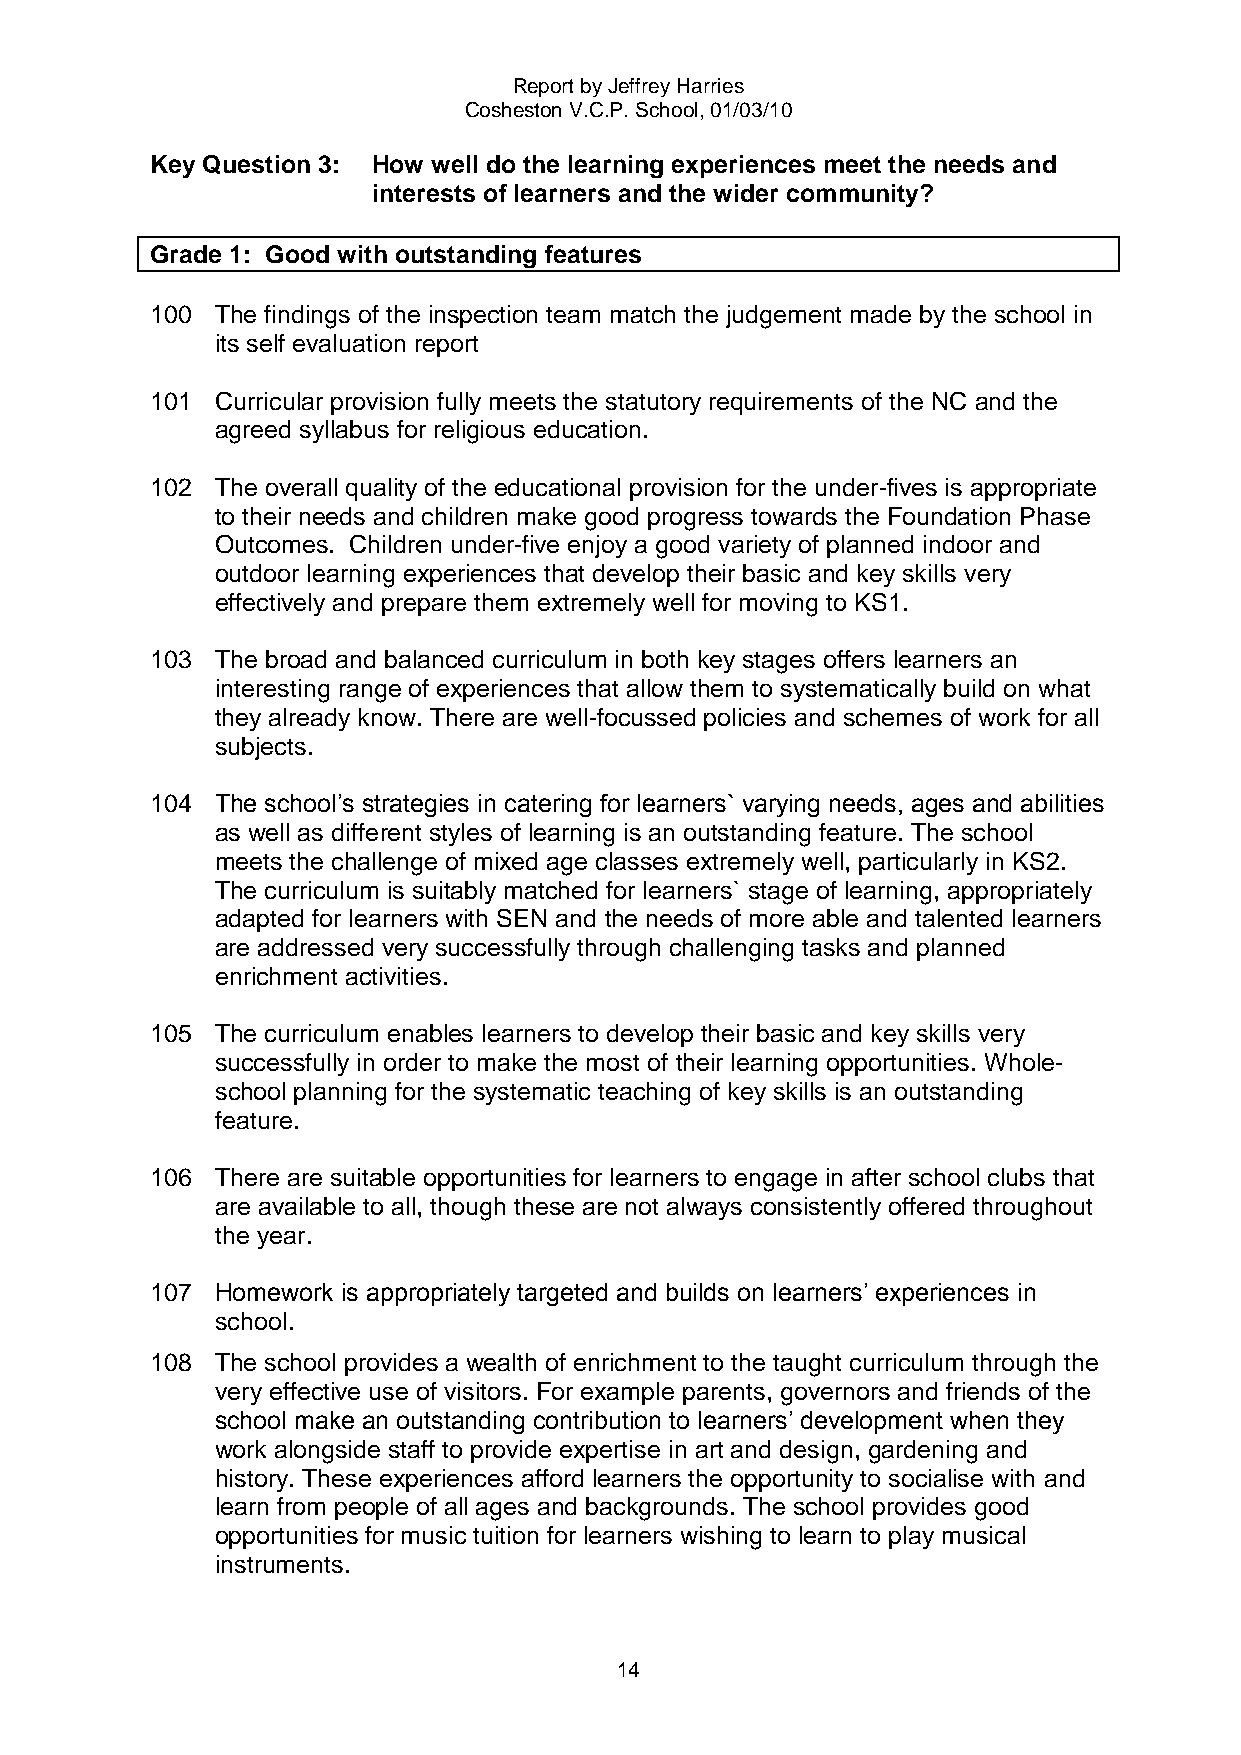
Report by Jeffrey Harries
 Cosheston V.C.P. School, 01/03/10
 Key Question 3: How well do the learning experiences meet the needs and
 interests of learners and the wider community?
 Grade 1: Good with outstanding features
 100 The findings of the inspection team match the judgement made by the school in
 its self evaluation report
 101 Curricular provision fully meets the statutory requirements of the NC and the
 agreed syllabus for religious education.
 102 The overall quality of the educational provision for the under-fives is appropriate
 to their needs and children make good progress towards the Foundation Phase
 Outcomes. Children under-five enjoy a good variety of planned indoor and
 outdoor learning experiences that develop their basic and key skills very
 effectively and prepare them extremely well for moving to KS1.
 103 The broad and balanced curriculum in both key stages offers learners an
 interesting range of experiences that allow them to systematically build on what
 they already know. There are well-focussed policies and schemes of work for all
 subjects.
 104 The school‟s strategies in catering for learners` varying needs, ages and abilities
 as well as different styles of learning is an outstanding feature. The school
 meets the challenge of mixed age classes extremely well, particularly in KS2.
 The curriculum is suitably matched for learners` stage of learning, appropriately
 adapted for learners with SEN and the needs of more able and talented learners
 are addressed very successfully through challenging tasks and planned
 enrichment activities.
 105 The curriculum enables learners to develop their basic and key skills very
 successfully in order to make the most of their learning opportunities. Whole-
 school planning for the systematic teaching of key skills is an outstanding
 feature.
 106 There are suitable opportunities for learners to engage in after school clubs that
 are available to all, though these are not always consistently offered throughout
 the year.
 107 Homework is appropriately targeted and builds on learners‟ experiences in
 school.
 108 The school provides a wealth of enrichment to the taught curriculum through the
 very effective use of visitors. For example parents, governors and friends of the
 school make an outstanding contribution to learners‟ development when they
 work alongside staff to provide expertise in art and design, gardening and
 history. These experiences afford learners the opportunity to socialise with and
 learn from people of all ages and backgrounds. The school provides good
 opportunities for music tuition for learners wishing to learn to play musical
 instruments.
 14